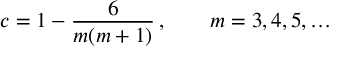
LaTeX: c = 1 - \frac { 6 } { m ( m + 1 ) } \, , \qquad m = 3 , 4 , 5 , \ldots